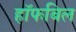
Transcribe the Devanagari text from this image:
हॉफबिल